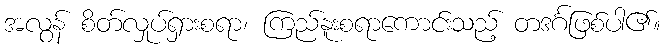
အလွန် စိတ်လှုပ်ရှားစရာ၊ ကြည်နူးစရာကောင်းသည့် တဒင်္ဂဖြစ်ပါ၏။